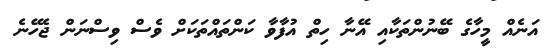
އަނެއް މީހާގެ ބޭނުންތަކާއި އޭނާ ހިތް އުފާވާ ކަންތައްތަކަށް ވެސް ވިސްނަން ޖެހޭނެ